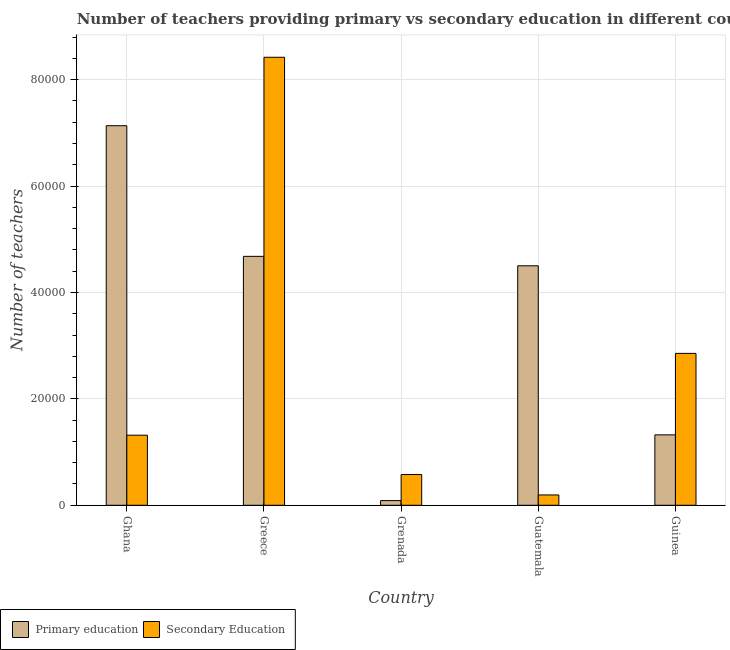
| Country | Primary education | Secondary Education |
 | --- | --- | --- |
 | Ghana | 7.13e+04 | 1.32e+04 |
 | Greece | 4.68e+04 | 8.42e+04 |
 | Grenada | 878 | 5.78e+03 |
 | Guatemala | 4.5e+04 | 1.94e+03 |
 | Guinea | 1.32e+04 | 2.85e+04 |